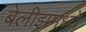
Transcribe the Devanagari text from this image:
बेलीझमध्ये